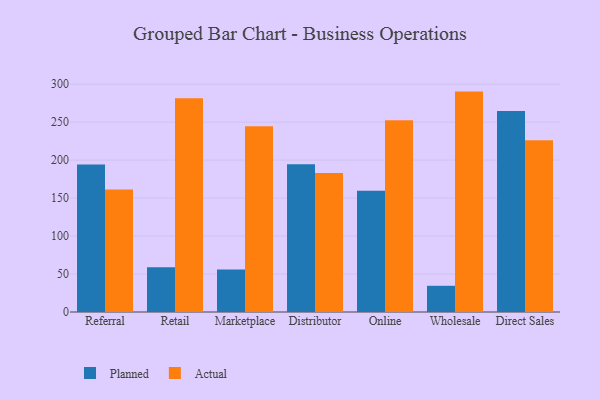
{"axis": {"x": "Channel", "y": "Latency (ms)"}, "legend": ["Actual", "Planned"], "data": [{"x": "Referral", "y": 194.3, "type": "Planned"}, {"x": "Referral", "y": 161.3, "type": "Actual"}, {"x": "Retail", "y": 58.8, "type": "Planned"}, {"x": "Retail", "y": 281.5, "type": "Actual"}, {"x": "Marketplace", "y": 55.9, "type": "Planned"}, {"x": "Marketplace", "y": 244.7, "type": "Actual"}, {"x": "Distributor", "y": 194.5, "type": "Planned"}, {"x": "Distributor", "y": 183.1, "type": "Actual"}, {"x": "Online", "y": 159.7, "type": "Planned"}, {"x": "Online", "y": 252.4, "type": "Actual"}, {"x": "Wholesale", "y": 34.5, "type": "Planned"}, {"x": "Wholesale", "y": 290.2, "type": "Actual"}, {"x": "Direct Sales", "y": 264.7, "type": "Planned"}, {"x": "Direct Sales", "y": 226.3, "type": "Actual"}]}